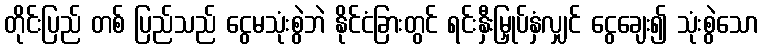
တိုင်းပြည် တစ် ပြည်သည် ငွေမသုံးစွဲဘဲ နိုင်ငံခြားတွင် ရင်းနှီးမြှုပ်နှံလျှင် ငွေချေး၍ သုံးစွဲသော